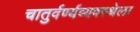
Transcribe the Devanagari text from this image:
चातुर्वर्ण्यव्यवस्थेला